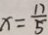
x = \frac { 1 7 } { 5 }